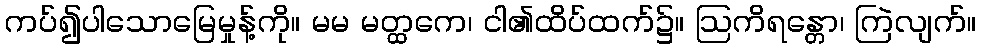
ကပ်၍ပါသောမြေမှုန့်ကို။ မမ မတ္ထကေ၊ ငါ၏ထိပ်ထက်၌။ ဩကိရန္တော၊ ကြဲလျက်။